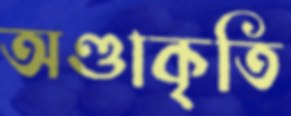
অণ্ডাকৃতি